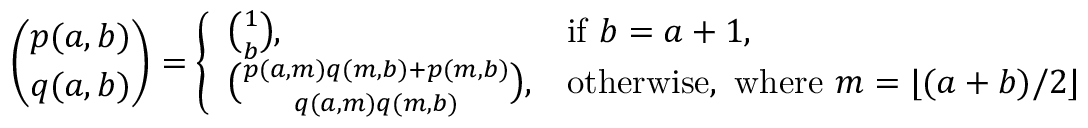
{ \binom { p ( a , b ) } { q ( a , b ) } } = { \left\{ \begin{array} { l l } { { \binom { 1 } { b } } , } & { { \mathrm { i f ~ } } b = a + 1 { \mathrm { , } } } \\ { { \binom { p ( a , m ) q ( m , b ) + p ( m , b ) } { q ( a , m ) q ( m , b ) } } , } & { { \mathrm { o t h e r w i s e , ~ w h e r e ~ } } m = \lfloor ( a + b ) / 2 \rfloor } \end{array} \right. }